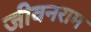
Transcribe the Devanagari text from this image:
जीवनराम